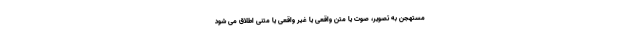
مستهجن به تصویر، صوت یا متن واقعی یا غیر واقعی یا متنی اطلاق می شود